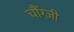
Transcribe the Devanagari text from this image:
चौंग्ज़ी